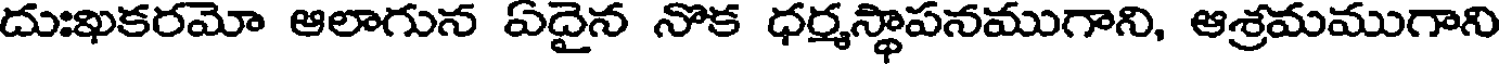
దుఃఖకరమో ఆలాగున ఏదైన నొక ధర్మస్థాపనముగాని, ఆశ్రమముగాని